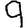
Digit: 9